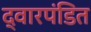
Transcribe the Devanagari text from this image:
द्वारपंडित